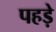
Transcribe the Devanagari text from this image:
पहड़े